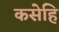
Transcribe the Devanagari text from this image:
कसेहि